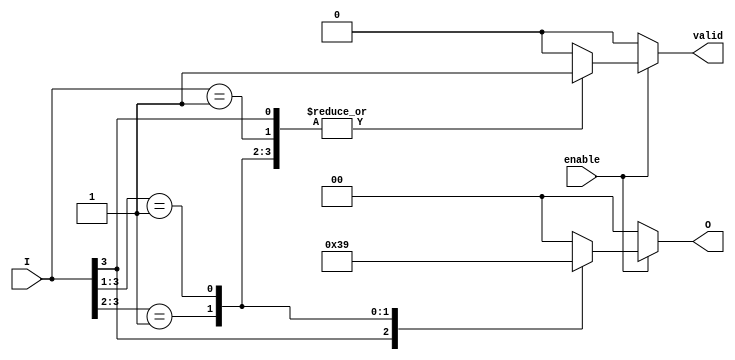
module priority_encoder #(
    parameter N = 4, // Number of inputs
    parameter M = 2  // Number of output bits required to represent the highest priority input
)(
    input  wire [N-1:0] I,    // Input signals
    input  wire enable,        // Enable signal
    output reg  [M-1:0] O,     // Output for the index of the highest priority active input
    output reg  valid          // Output valid signal
);

    always @(*) begin
        if (enable) begin
            casez (I)
                4'b1???: begin // I[3] is active
                    O = 2'b11;
                    valid = 1'b1;
                end
                4'b01??: begin // I[2] is active
                    O = 2'b10;
                    valid = 1'b1;
                end
                4'b001?: begin // I[1] is active
                    O = 2'b01;
                    valid = 1'b1;
                end
                4'b0001: begin // I[0] is active
                    O = 2'b00;
                    valid = 1'b1;
                end
                default: begin // No inputs are active
                    O = 2'b00; // Output can be set to 0 or any other value as per design choice
                    valid = 1'b0;
                end
            endcase
        end else begin
            O = 2'b00; // Reset output when not enabled
            valid = 1'b0; // Reset valid signal when not enabled
        end
    end

endmodule